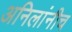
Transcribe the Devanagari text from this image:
अनिलांनीच